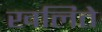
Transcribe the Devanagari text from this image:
खलिते